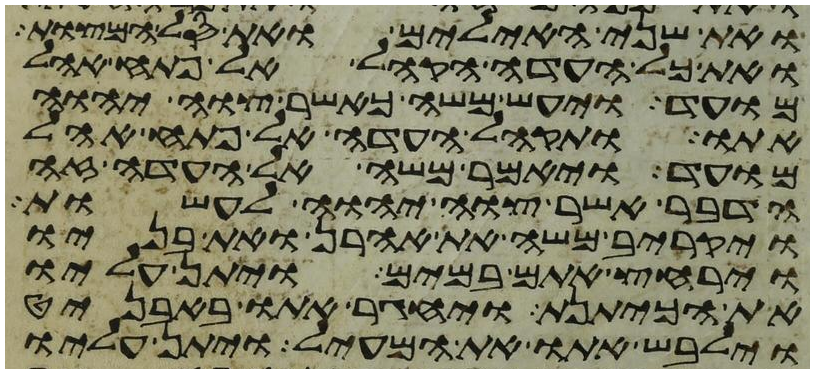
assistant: ואת שני האילים ואת סל המצות
ואת כל העדה הקהל אל פתח אהל
מועד ויעש משה כאשר צוה יהוה
אתו ותקהל העדה אל פתח אהל
מועד ויאמר משה אל העדה זה
הדבר אשר צוה יהוה לעשות
ויקריב משה את אהרן ואת בניו
וירחץ אתם במים ויתן עליו
את הכיתנת ויחגר אתו באבניט
וילבש אתו את המעיל ויתן עליו